Report of an investigation into the causes of the diseases known in Assam as Kála-Azár and Beri-Beri
Disease focus: Beri-Beri
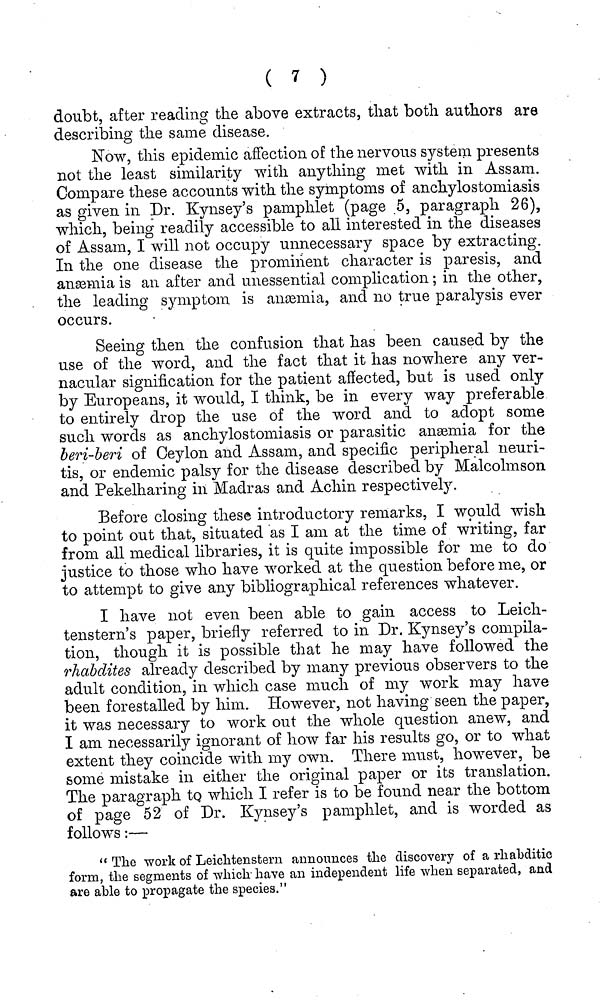
( 7 )
doubt, after reading the above extracts, that both authors are
describing the same disease.
Now, this epidemic affection of the nervous system presents
not the least similarity with anything met with in Assam.
Compare these accounts with the symptoms of anchylostomiasis
as given in Dr. Kynsey's pamphlet (page 5, paragraph 26),
which, being readily accessible to all interested in the diseases
of Assam, I will not occupy unnecessary space by extracting.
In the one disease the prominent character is paresis, and
anæmia is an after and unessential complication ; in the other,
the leading symptom is anæmia, and no true paralysis ever
occurs.
Seeing then the confusion that has been caused by the
use of the word, and the fact that it has nowhere any ver-
nacular signification for the patient affected, but is used only
by Europeans, it would, I think, be in every way preferable
to entirely drop the use of the word and to adopt some
such words as anchylostomiasis or parasitic anæmia for the
beri-beri of Ceylon and Assam, and specific peripheral neuri-
tis, or endemic palsy for the disease described by Malcolmson
and Pekelharing in Madras and Achin respectively.
Before closing these introductory remarks, I would wish
to point out that, situated as I am at the time of writing, far
from all medical libraries, it is quite impossible for me to do
justice to those who have worked at the question before me, or
to attempt to give any bibliographical references whatever.
I have not even been able to gain access to Leich-
tenstern's paper, briefly referred to in Dr. Kynsey's compila-
tion, though it is possible that he may have followed the
rhabdites already described by many previous observers to the
adult condition, in which case much of my work may have
been forestalled by him. However, not having seen the paper,
it was necessary to work out the whole question anew, and
I am necessarily ignorant of how far his results go, or to what
extent they coincide with my own. There must, however, be
some mistake in either the original paper or its translation.
The paragraph to which I refer is to be found near the bottom
of page 52 of Dr. Kynsey's pamphlet, and is worded as
follows :—
" The work of Leichenstern announces the discovery of a rhabditic
form, the segments of which have an independent life when separated, and
are able to propagate the species."